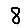
Digit: 8